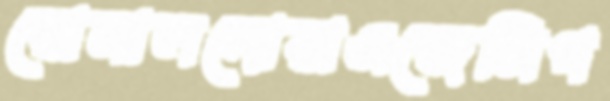
রোনালদোরাএজেন্সিগ